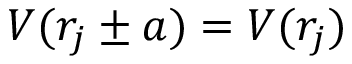
V ( r _ { j } \pm a ) = V ( r _ { j } )